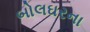
બોલઘરના